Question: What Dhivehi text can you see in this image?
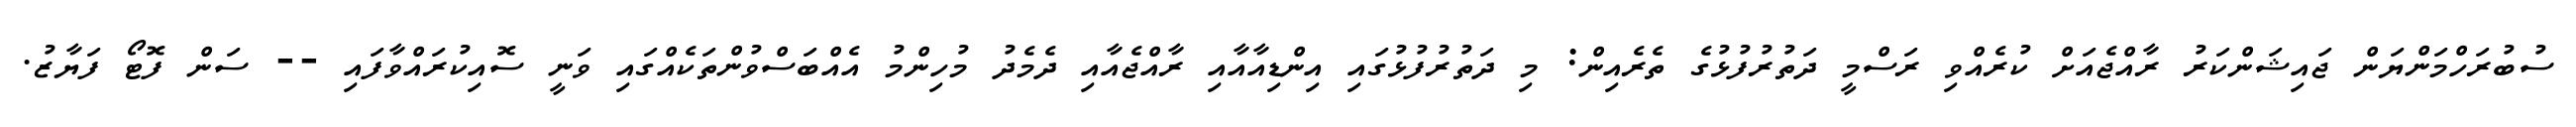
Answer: ސުބުރަހްމަންޔަން ޖައިޝަންކަރު ރާއްޖެއަށް ކުރެއްވި ރަސްމީ ދަތުރުފުޅުގެ ތެރެއިން: މި ދަތުރުފުޅުގައި އިންޑިއާއާއި ރާއްޖެއާއި ދެމެދު މުހިންމު އެއްބަސްވުންތަކެއްގައި ވަނީ ސޮއިކުރައްވާފައި -- ސަން ފޮޓޯ ފަޔާޒު.